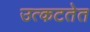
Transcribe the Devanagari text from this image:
उत्कटतेत